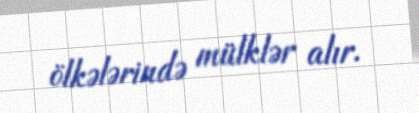
ölkələrində mülklər alır.